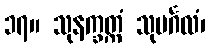
၁၇။ သုနက္ခတ္ကံ သုမင်္ဂလံ၊